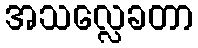
အသလ္လေခတာ